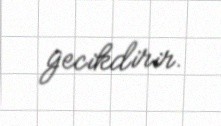
gecikdirir.